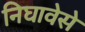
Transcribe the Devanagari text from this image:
निघावेसे